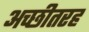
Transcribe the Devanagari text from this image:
अच्छीतरह